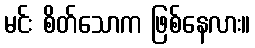
မင်း စိတ်သောက ဖြစ်နေလား။